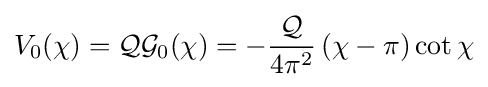
V_{0}(\chi )={\mathcal {Q}}{\mathcal {G}}_{0}(\chi )=-{\frac {\mathcal {Q}}{4\pi ^{2}}}\left(\chi -\pi \right)\cot \chi